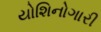
યોશિનોગારી